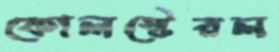
কোলস্টেরল